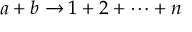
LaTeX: a + b \rightarrow 1 + 2 + \cdots + n